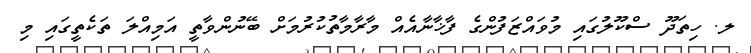
ލ. ހިތަދޫ ސްކޫލުގައި މުވައްޒަފުންގެ ފާޚާނާއެއް މާރާމާތުކުރުމަށް ބޭނުންވާތީ އަމިއްލަ ތަކެތީގައި މި